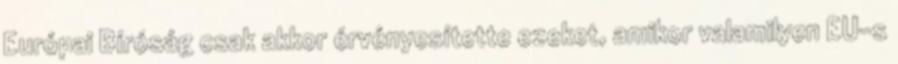
Európai Bíróság csak akkor érvényesítette ezeket, amikor valamilyen EU-s